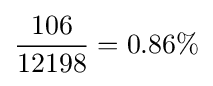
{106 \over 12198}=0.86\%